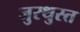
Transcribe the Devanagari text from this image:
जुरथुस्त